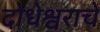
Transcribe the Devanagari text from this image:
दोधेश्वराचे